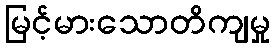
မြင့်မားသောတိကျမှု